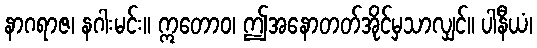
နာဂရာဇ၊ နဂါးမင်း။ ဣတောဝ၊ ဤအနောတတ်အိုင်မှသာလျှင်။ ပါနီယံ၊